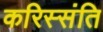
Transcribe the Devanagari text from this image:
करिस्संति